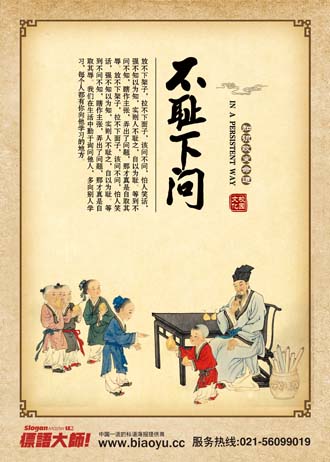
敏而好学，不耻下问，是以谓之文也。